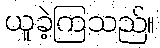
ယူခဲ့ကြသည်။